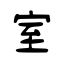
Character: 室